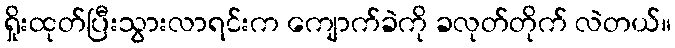
ရှိုးထုတ်ပြီးသွားလာရင်းက ကျောက်ခဲကို ခလုတ်တိုက် လဲတယ်။